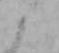
と